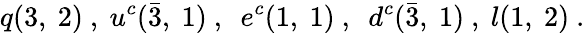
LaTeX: q(3,~2)~,~u^{c}(\bar{3},~1)~,~~e^{c}(1,~1)~,~~d^{c}(\bar{3},~1)~,~l(1,~2)~.